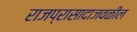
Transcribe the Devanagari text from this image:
राजप्रासादाजवळील